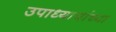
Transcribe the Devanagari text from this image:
उपाध्यायांच्या